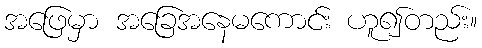
အဖြေမှာ အခြေအနေမကောင်း ဟူ၍တည်း။